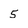
Character: 5